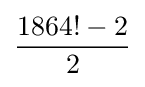
{\frac {1864!-2}{2}}